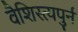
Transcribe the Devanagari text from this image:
वैशिस्त्यपुर्न